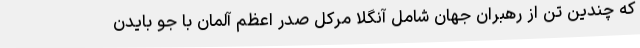
که چندین تن از رهبران جهان شامل آنگلا مرکل صدر اعظم آلمان با جو بایدن